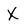
Character: X